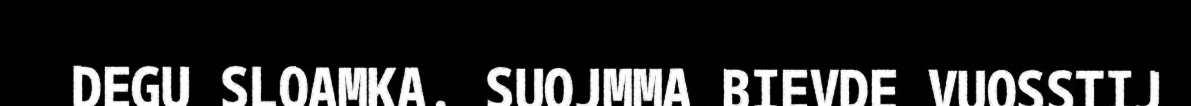
DEGU SLOAMKA. SUOJMMA BIEVDE VUOSSTIJ